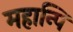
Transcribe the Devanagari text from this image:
महान्पि